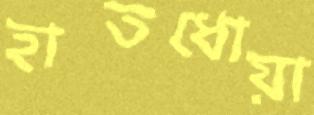
হাতধোয়া